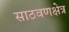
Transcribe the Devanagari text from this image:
साठवणक्षेत्र